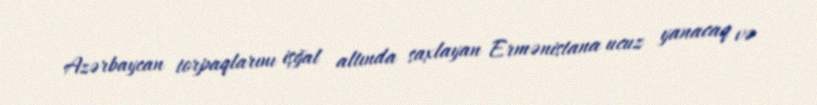
Azərbaycan torpaqlarını işğal altında saxlayan Ermənistana ucuz yanacaq və